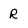
Character: r